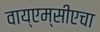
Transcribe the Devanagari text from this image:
वाय्‌एम्‌सीएचा